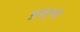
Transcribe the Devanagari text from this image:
अणुचा